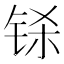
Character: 铩